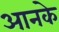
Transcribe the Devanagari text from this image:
आनके